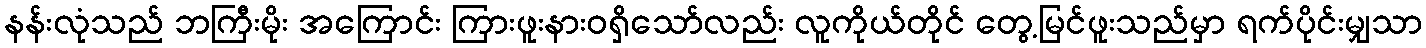
နန်းလုံသည် ဘကြီးမိုး အကြောင်း ကြားဖူးနားဝရှိသော်လည်း လူကိုယ်တိုင် တွေ့မြင်ဖူးသည်မှာ ရက်ပိုင်းမျှသာ